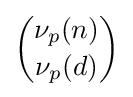
{\binom {\nu _{p}(n)}{\nu _{p}(d)}}